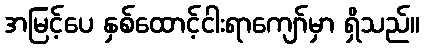
အမြင့်ပေ နှစ်ထောင့်ငါးရာကျော်မှာ ရှိသည်။